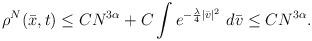
LaTeX: \begin{align*}&\rho^N(\bar{x}, t)\leq CN^{3\alpha}+C \int e^{-\frac{\lambda}{4}|\bar{v}|^2}\ d\bar{v} \leq CN^{3\alpha}.\end{align*}